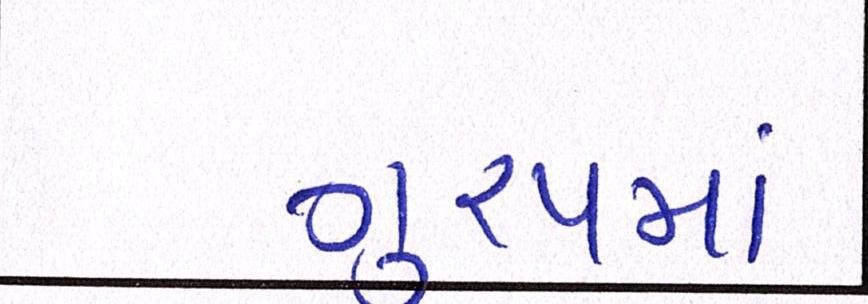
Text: ગુ્રપમાં